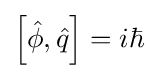
\left[{\hat {\phi }},{\hat {q}}\right]=i\hbar